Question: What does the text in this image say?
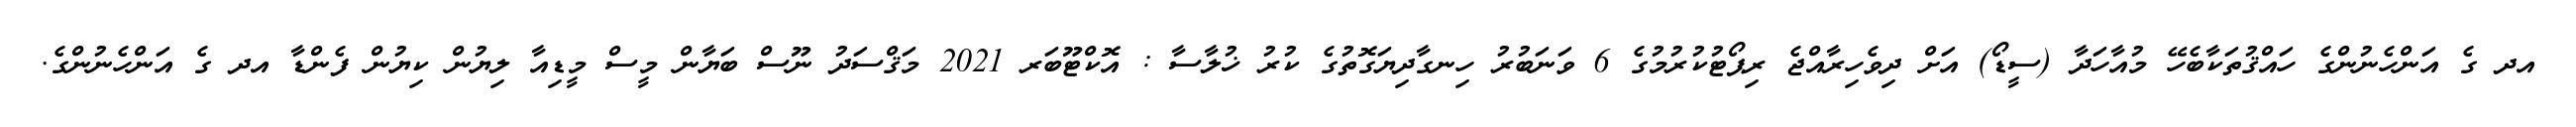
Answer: އދ ގެ އަންހެނުންގެ ހައްޤުތަކާބެހޭ މުއާހަދާ (ސީޑޯ) އަށް ދިވެހިރާއްޖެ ރިޕޯޓުކުރުމުގެ 6 ވަނަބުރު ހިނގާދިޔަގޮތުގެ ކުރު ޚުލާސާ : އޮކްޓޫބަރ 2021 މަޤްސަދު ނޫސް ބަޔާން މީސް މީޑިއާ ލިޔުން ކިޔުން ފެންޑާ އދ ގެ އަންހެނުންގެ.